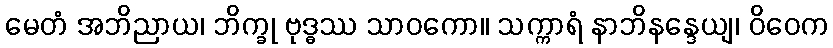
မေတံ အဘိညာယ၊ ဘိက္ခု ဗုဒ္ဓဿ သာဝကော။ သက္ကာရံ နာဘိနန္ဒေယျ၊ ဝိဝေက